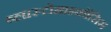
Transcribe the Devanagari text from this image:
ब्लास्टोमाइकॉसिस